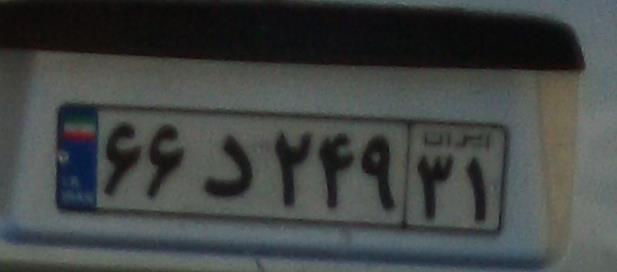
۶۶د۲۴۹۳۱